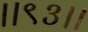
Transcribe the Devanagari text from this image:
।।९३।।